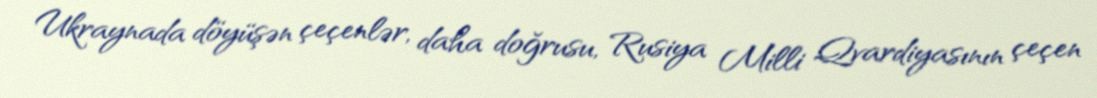
Ukraynada döyüşən çeçenlər, daha doğrusu, Rusiya Milli Qvardiyasının çeçen